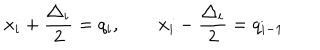
x _ { i } + \frac { \triangle _ { i } } { 2 } = q _ { i } , \qquad x _ { i } - \frac { \triangle _ { i } } { 2 } = q _ { i - 1 }